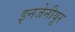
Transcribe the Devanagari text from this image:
इनजेनीयूर